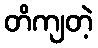
တိကျတဲ့